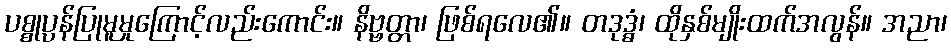
ပစ္စုပ္ပန်ပြုမူမှုကြောင့်လည်းကောင်း။ နိဗ္ဗတ္တာ၊ ဖြစ်ရလေ၏။ တဒုဒ္ဓံ၊ ထိုနှစ်မျိုးထက်အလွန်။ အညာ၊